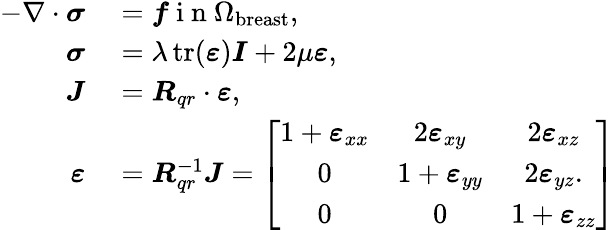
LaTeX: \begin{array}{rl}{-\nabla\cdot\boldsymbol{\sigma}}&{{}=\boldsymbol{f}\mathrm{~i~n~}\Omega_{\mathrm{breast}},}\\ {\boldsymbol{\sigma}}&{{}=\lambda\operatorname{tr}(\boldsymbol{\varepsilon})\boldsymbol{I}+2\mu\boldsymbol{\varepsilon},}\\ {\boldsymbol{J}}&{{}=\boldsymbol{R}_{qr}\cdot\boldsymbol{\varepsilon},}\\ {\boldsymbol{\varepsilon}}&{{}=\boldsymbol{R}_{qr}^{-1}\boldsymbol{J}=\left[\begin{array}{ccc}{1+\boldsymbol{\varepsilon}_{xx}}&{2\boldsymbol{\varepsilon}_{xy}}&{2\boldsymbol{\varepsilon}_{xz}}\\ {0}&{1+\boldsymbol{\varepsilon}_{yy}}&{2\boldsymbol{\varepsilon}_{yz}.}\\ {0}&{0}&{1+\boldsymbol{\varepsilon}_{zz}}\end{array}\right]}\end{array}